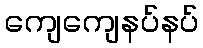
ကျေကျေနပ်နပ်